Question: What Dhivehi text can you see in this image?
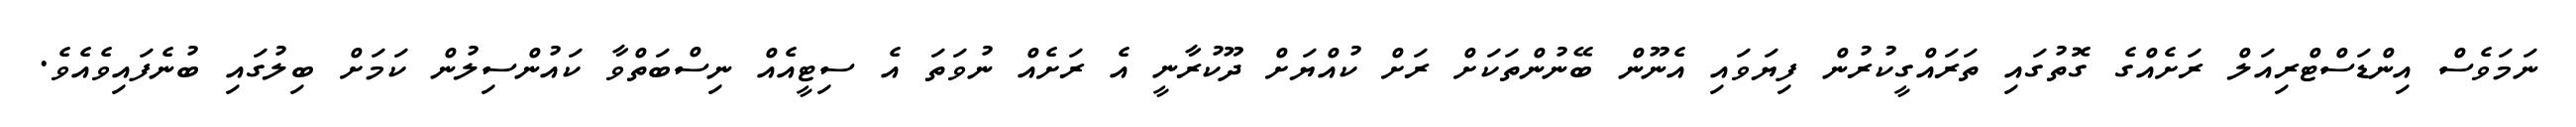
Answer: ނަމަވެސް އިންޑަސްޓްރިއަލް ރަށެއްގެ ގޮތުގައި ތަރައްގީކުރުން ފިޔަވައި އެނޫން ބޭނުންތަކަށް ރަށް ކުއްޔަށް ދޫކުރާނީ އެ ރަށެއް ނުވަތަ އެ ސިޓީއެއް ނިސްބަތްވާ ކައުންސިލުން ކަމަށް ބިލުގައި ބުނެފައިވެއެވެ.